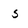
Character: 5